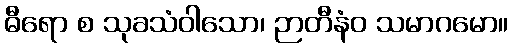
ဓီရော စ သုခသံဝါသော၊ ဉာတီနံဝ သမာဂမော။